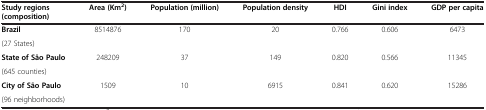
<table><thead><tr><td><b>Study regions (composition)</b></td><td><b>Area (Km<sup>2</sup>)</b></td><td><b>Population (million)</b></td><td><b>Population density</b></td><td><b>HDI</b></td><td><b>Gini index</b></td><td><b>GDP per capita</b></td></tr></thead><tbody><tr><td><b>Brazil</b></td><td>8514876</td><td>170</td><td>20</td><td>0.766</td><td>0.606</td><td>6473</td></tr><tr><td colspan="7">(27 States)</td></tr><tr><td><b>State of São Paulo</b></td><td>248209</td><td>37</td><td>149</td><td>0.820</td><td>0.566</td><td>11345</td></tr><tr><td colspan="7">(645 counties)</td></tr><tr><td><b>City of São Paulo</b></td><td>1509</td><td>10</td><td>6915</td><td>0.841</td><td>0.620</td><td>15286</td></tr><tr><td colspan="7">(96 neighborhoods)</td></tr></tbody></table>